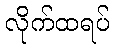
လိုက်ထရပ်